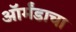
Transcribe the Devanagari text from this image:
ऑर्मंडाचा